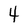
Character: 4